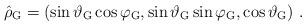
LaTeX: \begin{align*}\hat \rho_{\rm G} = \left( \sin\vartheta_{\rm G} \cos\varphi_{\rm G}, \sin\vartheta_{\rm G} \sin\varphi_{\rm G}, \cos\vartheta_{\rm G} \right) \,.\end{align*}